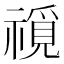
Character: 𥛟